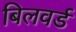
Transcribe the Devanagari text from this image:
बिलवर्ड